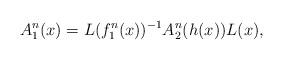
LaTeX: \begin{align*} A_1^n(x)=L(f_1^n(x))^{-1}A_2^n(h(x))L(x), \end{align*}